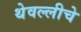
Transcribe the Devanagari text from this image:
थेवल्लीचे